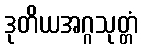
ဒုတိယအဂ္ဂသုတ္တံ